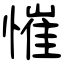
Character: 慛